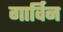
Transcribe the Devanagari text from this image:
गार्विन